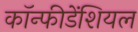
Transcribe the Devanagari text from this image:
कॉन्फीडेंशियल